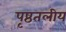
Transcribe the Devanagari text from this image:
पृष्ठतलीय